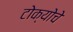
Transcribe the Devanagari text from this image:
टोक्योचे